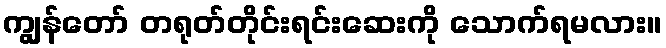
ကျွန်တော် တရုတ်တိုင်းရင်းဆေးကို သောက်ရမလား။